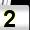
Digit: 2